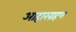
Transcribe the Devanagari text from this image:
आहारग्रहण